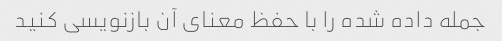
جمله داده شده را با حفظ معنای آن بازنویسی کنید